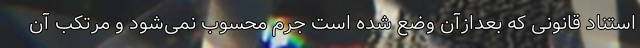
استناد قانونی که بعدازآن وضع شده است جرم محسوب نمی‌شود و مرتکب آن